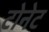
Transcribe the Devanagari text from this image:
टोनेट